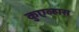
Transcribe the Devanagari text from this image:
कुएव्हास